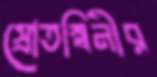
স্রোতস্বিনীর